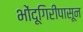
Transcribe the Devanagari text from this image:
भोंदूगिरीपासून